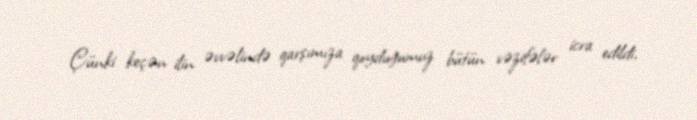
Çünki keçən ilin əvvəlində qarşımıza qoyduğumuz bütün vəzifələr icra edildi,